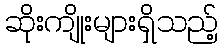
ဆိုးကျိုးများရှိသည့်